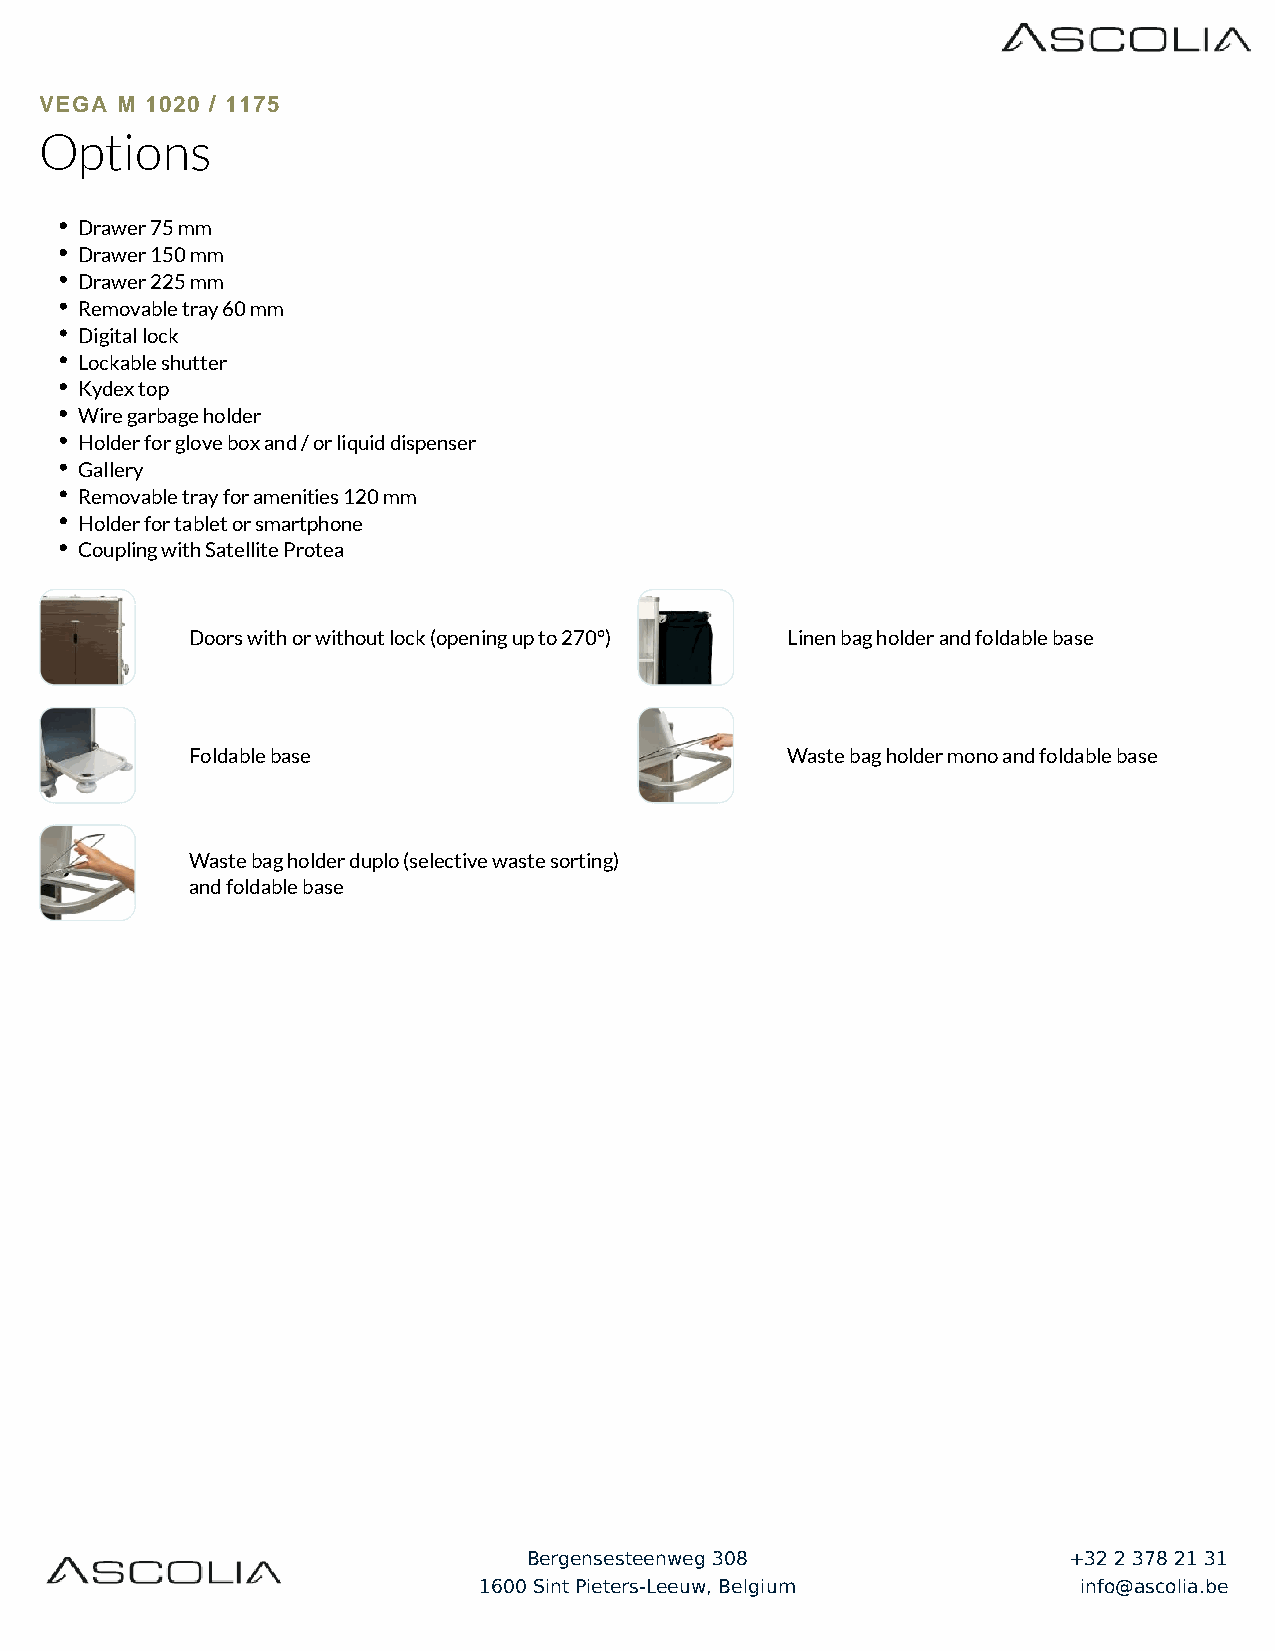
VEGA M 1020 / 1175
 Options
 Drawer 75 mm
 Drawer 150 mm
 Drawer 225 mm
 Removable tray 60 mm
 Digital lock
 Lockable shutter
 Kydex top
 Wire garbage holder
 Holder for glove box and / or liquid dispenser
 Gallery
 Removable tray for amenities 120 mm
 Holder for tablet or smartphone
 Coupling with Satellite Protea
 Doors with or without lock (opening up to 270°) Linen bag holder and foldable base
 Foldable base                           Waste bag holder mono and foldable base
 Waste bag holder duplo (selective waste sorting)
 and foldable base
 Bergensesteenweg 308                +32 2 378 21 31
 1600 Sint Pieters-Leeuw, Belgium       info@ascolia.be